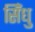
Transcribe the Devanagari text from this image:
सिँधु